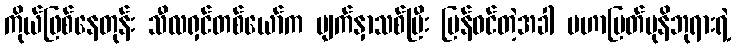
ကိုယ်ဖြစ်နေတုန်း သီလရှင်တစ်ယော်က မျက်နှာသစ်ပြီး ပြန်ဝင်တဲ့အခါ မဟာမြတ်မုနိဘုရားရဲ့